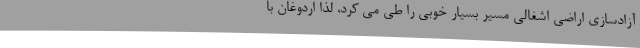
آزادسازی اراضی اشغالی مسیر بسیار خوبی را طی می‌ کرد، لذا اردوغان با